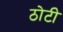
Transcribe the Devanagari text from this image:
ठोटी